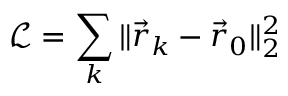
\mathcal { L } = \sum _ { k } \Vert \vec { r } _ { k } - \vec { r } _ { 0 } \Vert _ { 2 } ^ { 2 }